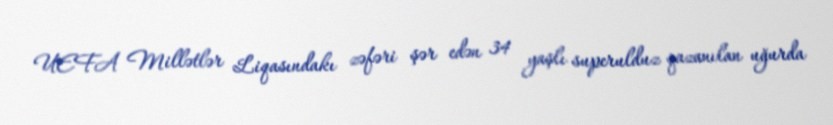
UEFA Millətlər Liqasındakı zəfəri şər edən 34 yaşlı superulduz qazanılan uğurda